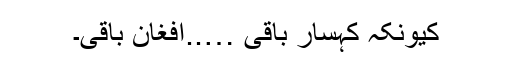
کیونکہ کہسار باقی …..افغان باقی۔